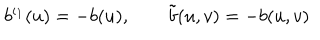
b ^ { \iota _ { 1 } } ( u ) = - b ( u ) , \qquad \tilde { b } ( u , v ) = - b ( u , v )